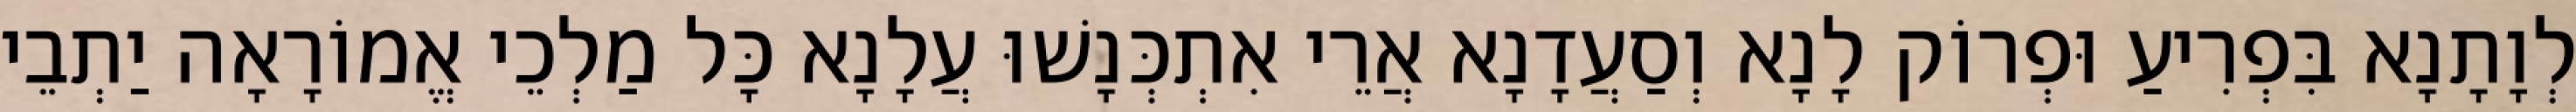
לְוָתָנָא בִּפְרִיעַ וּפְרוֹק לָנָא וְסַעֲדָנָא אֲרֵי אִתְכְּנָשׁוּ עֲלָנָא כָּל מַלְכֵי אֱמוֹרָאָה יַתְבֵי